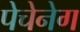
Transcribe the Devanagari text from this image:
पेचेनेग